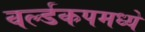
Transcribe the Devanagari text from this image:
वर्ल्डकपमध्ये